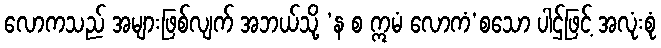
လောကသည် အများဖြစ်လျက် အဘယ်သို့ ‘န စ ဣမံ လောကံ’စသော ပါဌ်ဖြင့် အလုံးစုံ